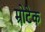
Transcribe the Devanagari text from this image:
म्रोटेक